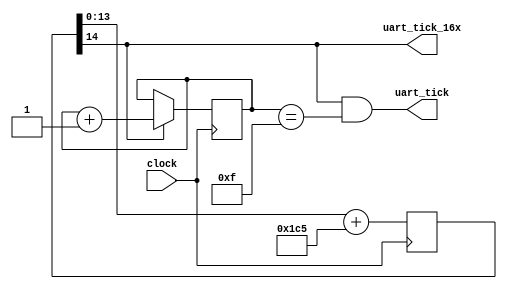
`timescale 1ns / 1ps
/*
 * Creator(s)   : Grant Ayers (ayers@cs.stanford.edu)
 *
 * Modification History:
 *   Rev   Date         Initials  Description of Change
 *   1.0   24-May-2010  GEA       Initial design.
 *
 * Standards/Formatting:
 *   Verilog 2001, 4 soft tab, wide column.
 *
 * Description:
 *   Generate synchronous pulses for 115200 baud and 16x 115200 baud (synchronized)
 *   from an uncorrelated input clock.
 *
 *   This timing can be adjusted to allow for other baud rates.
 */
module uart_clock(
    input clock,
    output uart_tick,
    output uart_tick_16x
    );

    /* Goal: Generate a pulse at 115200 Hz using an input clock
     * that is not an even multiple of 115200.
     *
     * Method: Find constants 'a', 'b' such that clock / (2^a / b) ~= 115200.
     * Accumulate 'b' each cycle and use the overflow bit 'a' for the pulse.
     *
     * 66  MHz:  66 MHz / (2^18 / 453) = 115203.857 Hz
     * 100 MHz: 100 MHz / (2^17 / 151) = 115203.857 Hz
     *
     * We also need to extend this for a 16x pulse to over-sample:
     *
     * 66  MHz:  66 MHz / (2^14 / 453) = 115203.857 Hz * 16
     * 100 MHz: 100 MHz / (2^13 / 151) = 115203.857 Hz * 16
     */

    // 16x Pulse Generation

    // 66 MHz version
    reg [14:0] accumulator = 15'h0000;
    always @(posedge clock) begin
        accumulator <= accumulator[13:0] + 453;
    end
    assign uart_tick_16x = accumulator[14];

/*
    // 100 MHz version
    reg [13:0] accumulator = 14'h0000;
    always @(posedge clock) begin
        accumulator <= accumulator[12:0] + 151;
    end
    assign uart_tick_16x = accumulator[13];
*/

    // 1x Pulse Generation (115200 Hz)
    reg [3:0] uart_16x_count = 4'h0;
    always @(posedge clock) begin
        uart_16x_count <= (uart_tick_16x) ? uart_16x_count + 1'b1 : uart_16x_count;
    end
    assign uart_tick = (uart_tick_16x==1'b1 && (uart_16x_count == 4'b1111));

endmodule